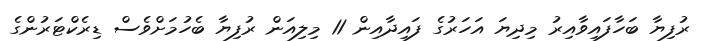
ރުފިޔާ ބަހާފައިވާއިރު މިދިޔަ އަހަރުގެ ފައިދާއިން 11 މިލިއަން ރުފިޔާ ބެހުމަށްވެސް ޑިރެކްޓަރުންގެ